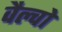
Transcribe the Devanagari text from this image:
वैल्वो